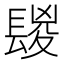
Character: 𨲔